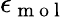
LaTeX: \epsilon_{\mathrm{~m~o~l~}}